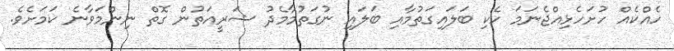
ހެއްކެއް ހުށަހެޅިއްޖެނަމަ ހެކި ބަލައިގަތުމާއި ބަލައި ނުގަތުމާމެދު ޝަރީއަތުން ގޮތް ނިންމަވާނެ ކަމަށެވެ.